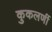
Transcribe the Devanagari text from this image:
कुकलर्णी